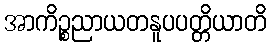
အာကိဉ္စညာယတနူပပတ္တိယာတိ